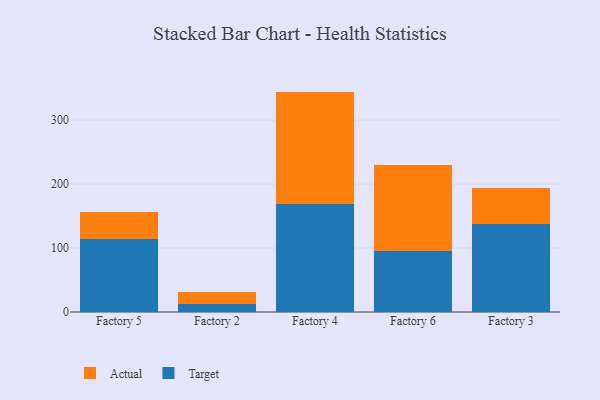
{"axis": {"x": "Factory", "y": "LTV (USD)"}, "legend": ["Actual", "Target"], "data": [{"x": "Factory 5", "y": 114.5, "type": "Target"}, {"x": "Factory 5", "y": 42.1, "type": "Actual"}, {"x": "Factory 2", "y": 12.2, "type": "Target"}, {"x": "Factory 2", "y": 18.4, "type": "Actual"}, {"x": "Factory 4", "y": 169.5, "type": "Target"}, {"x": "Factory 4", "y": 175.1, "type": "Actual"}, {"x": "Factory 6", "y": 95.5, "type": "Target"}, {"x": "Factory 6", "y": 134.0, "type": "Actual"}, {"x": "Factory 3", "y": 137.7, "type": "Target"}, {"x": "Factory 3", "y": 56.2, "type": "Actual"}]}